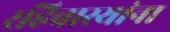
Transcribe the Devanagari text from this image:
रहिवास्यांना